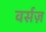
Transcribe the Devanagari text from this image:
वर्सज़